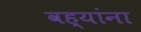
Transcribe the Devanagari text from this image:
वह्यांना